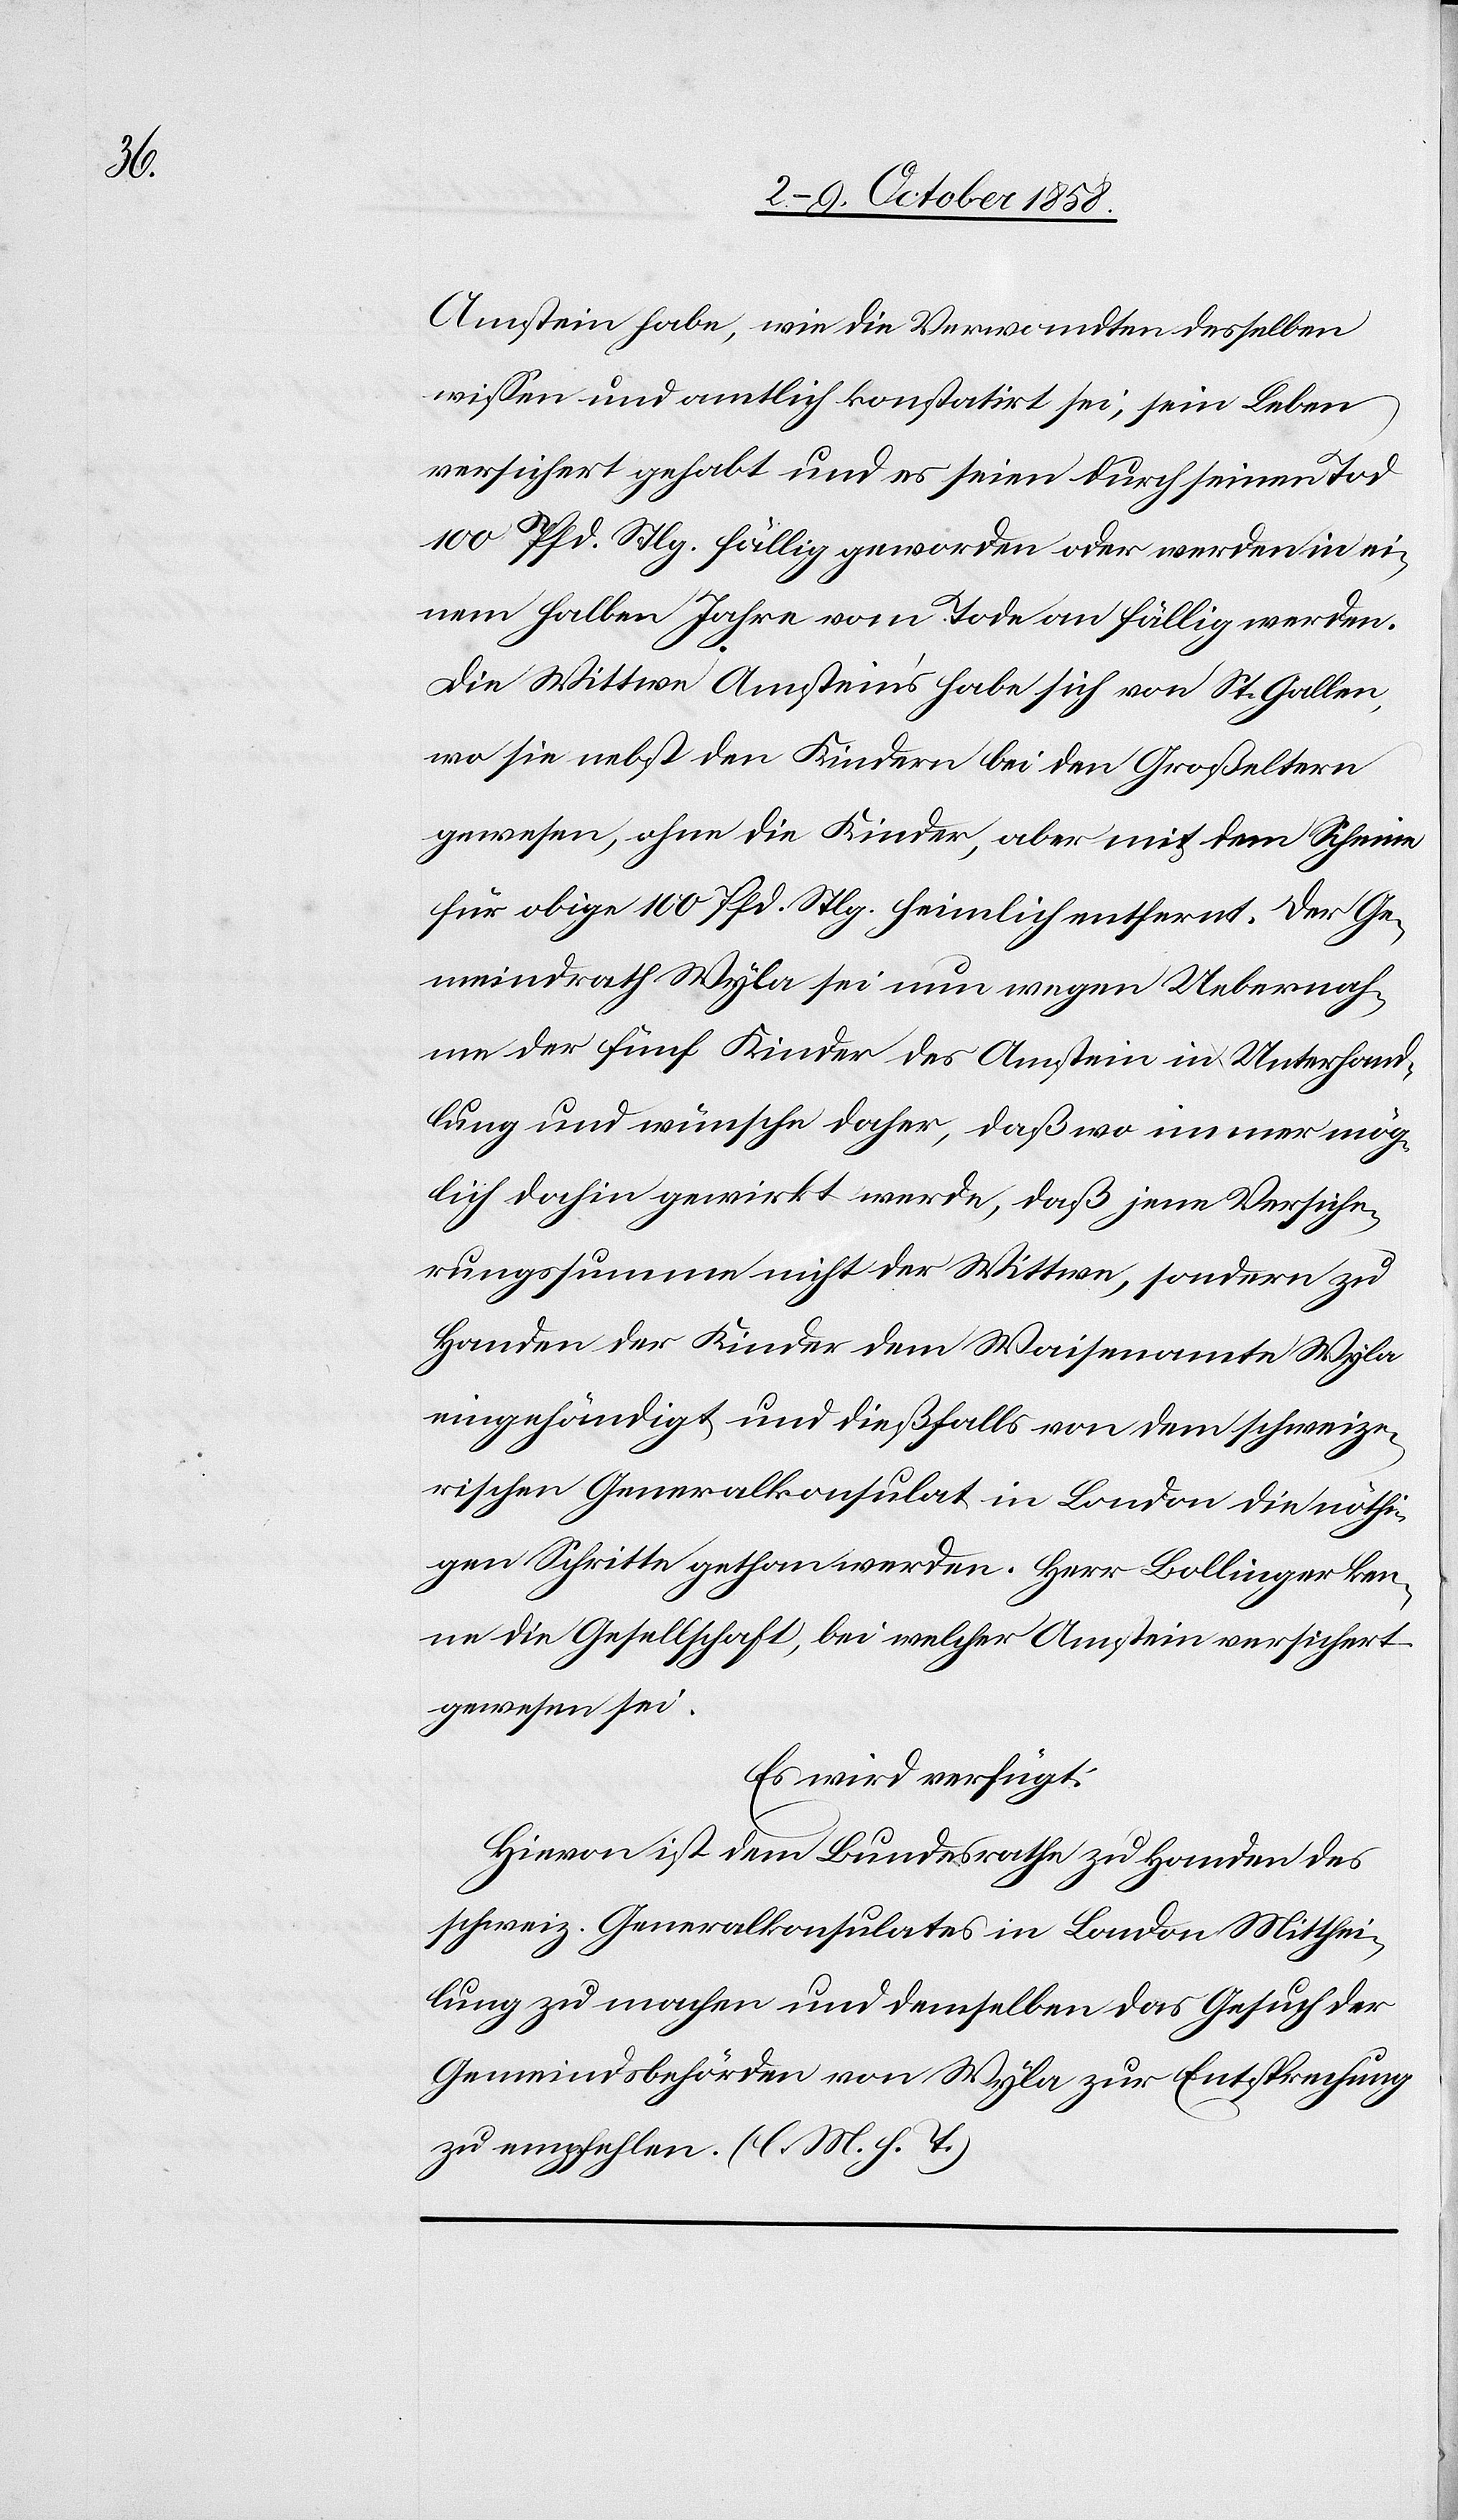
Amstein habe, wie die Verwandten desselben
wissen und amtlich konstatirt sei, sein Leben
versichert gehabt und es seien durch seinen Tod
100 Pfd. Stlg. fällig geworden oder werden in ei¬
nem halben Jahre vom Tode an fällig werden.
Die Wittwe Amstein’s habe sich von St. Gallen,
wo sie nebst den Kindern bei den Großeltern
gewesen, ohne die Kinder, aber mit dem Scheine
für obige 100 Pfd. Stlg. heimlich entfernt. Der Ge¬
meindrath Wyla sei nun wegen Uebernah¬
me der fünf Kinder des Amstein in Unterhand¬
lung und wünsche daher, daß wo immer mög¬
lich dahin gewirkt werde, daß jene Versiche¬
rungssumme nicht der Wittwe, sondern zu
Handen der Kinder dem Waisenamte Wyla
eingehändigt und dießfalls von dem schweize¬
rischen Generalkonsulat in London die nöthi¬
gen Schritte gethan werden. Herr Bollinger ken¬
ne die Gesellschaft, bei welcher Amstein versichert
gewesen sei.
Es wird verfügt:
Hievon ist dem Bundesrathe zu Handen des
schweiz. Generalkonsulates in London Mitthei¬
lung zu machen und demselben das Gesuch der
Gemeindsbehörden von Wyla zur Entsprechung
zu empfehlen. (l. M. h. T.)